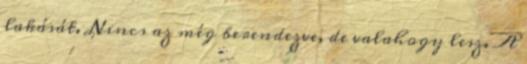
lakását. Nincs az még berendezve, de valahogy lesz. A